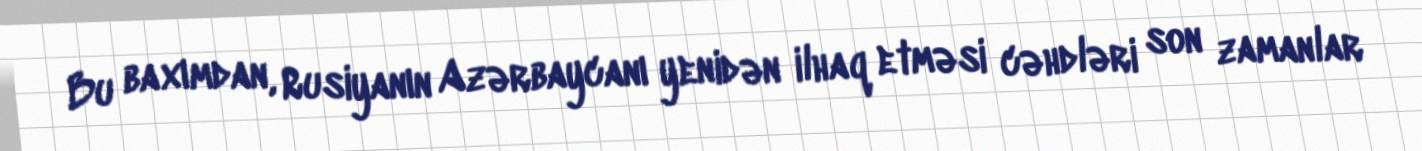
Bu baxımdan, Rusiyanın Azərbaycanı yenidən ilhaq etməsi cəhdləri son zamanlar